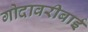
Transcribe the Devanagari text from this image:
गोदावरीबाई